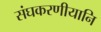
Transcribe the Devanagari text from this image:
संघकरणीयानि